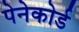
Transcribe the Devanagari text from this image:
पेनेकोर्ड